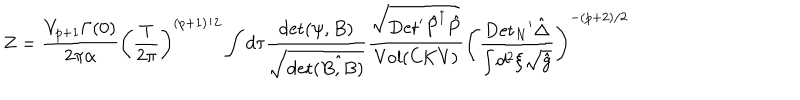
LaTeX: Z = { \frac { V _ { p + 1 } \Gamma ( 0 ) } { 2 \pi \alpha } } { { \left( { \frac { \mathrm { T } } { 2 \pi } } \right) } ^ { ( p + 1 ) / 2 } } \int d \tau { \frac { \mathrm { d e t } ( \psi , B ) } { \sqrt { \mathrm { d e t } \hat { ( B , B ) } } } } { \frac { \sqrt { \mathrm { D e t } ^ { \prime } { \hat { P } ^ { \dagger } } \hat { P } } } { \mathrm { V o l } ( \mathrm { C K V } ) } } { { \left( { \frac { { \mathrm { D e t } _ { N } } ^ { \prime } \hat { \Delta } } { \int { d ^ { 2 } } \xi \sqrt { \hat { g } } } } \right) } ^ { - ( p + 2 ) / 2 } }